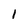
Character: 1